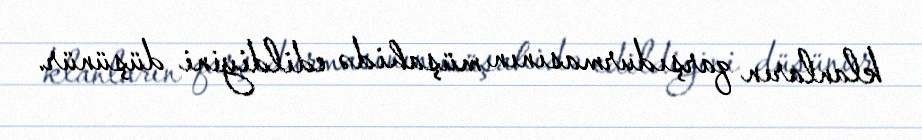
klanların qarşıdurmasının müşahidə edildiyini düşünür.